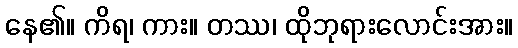
နေ၏။ ကိရ၊ ကား။ တဿ၊ ထိုဘုရားလောင်းအား။